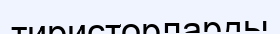
тиристорларды